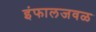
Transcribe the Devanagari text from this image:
इंफालजवळ